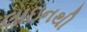
લાઇનથી